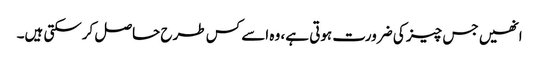
انھیں جس چیز کی ضرورت ہوتی ہے، وہ اسے کس طرح حاصل کرسکتی ہیں۔